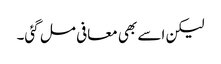
لیکن اسے بھی معافی مل گئی۔